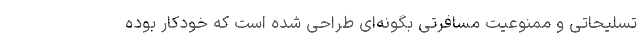
تسلیحاتی و ممنوعیت­ مسافرتی بگونه­‌ای طراحی شده است که خودکار بوده